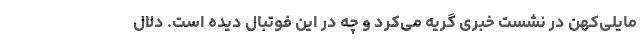
مایلی‌کهن در نشست خبری گریه می‌کرد و چه در این فوتبال دیده است. دلال